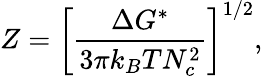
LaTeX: Z=\left[\frac{\Delta G^{*}}{3\pi k_{B}TN_{c}^{2}}\right]^{1/2},